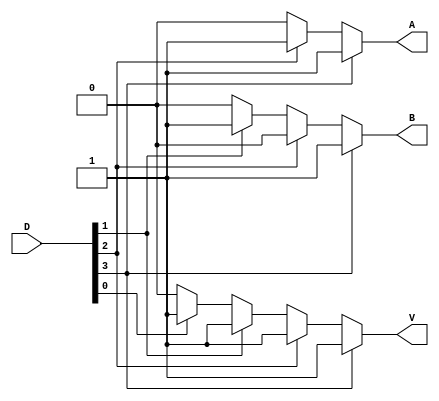
module encoderBehavioural4x1(D, A, B, V);
  input[3:0] D;
  wire[3:0] D;
  
  output A, B, V;
  reg A, B, V;
  
  always @ (D)
  begin
    if (D[3] == 1)
      begin
        {A, B, V} = 3'b111;
      end
    else if (D[2] == 1)
      begin
        {A, B, V} = 3'b101;
      end
    else if (D[1] == 1)
      begin
        {A, B, V} = 3'b011;
      end
    else if (D[0] == 1)
      begin
        {A, B, V} = 3'b001;
      end
    else
      begin
        {A, B, V} = 3'b000;
      end
  end
endmodule